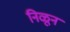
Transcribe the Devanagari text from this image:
निळून